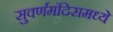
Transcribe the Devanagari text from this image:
सुवर्णमंदिरामध्ये